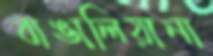
বাঙালিয়ানা